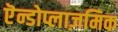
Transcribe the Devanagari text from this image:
एॆन्डोप्लाज़मिक